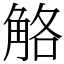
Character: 觡